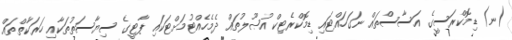
(ނ) ޑިމޮކްރަސީގެ އަސާސްތައް ނަގަހައްޓައި ޑިމޮކްރެޓިކް އުޞޫލުތައް ދެމެހެއްޓުމަށްޓަކައި ޕާޓީގެ ސިޔާސަތުތަކާއި ހަރަކާތްތައް